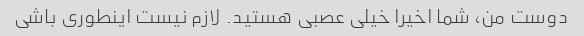
دوست من، شما اخیرا خیلی عصبی هستید. لازم نیست اینطوری باشی